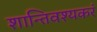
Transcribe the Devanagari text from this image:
शान्तिवश्यकरं